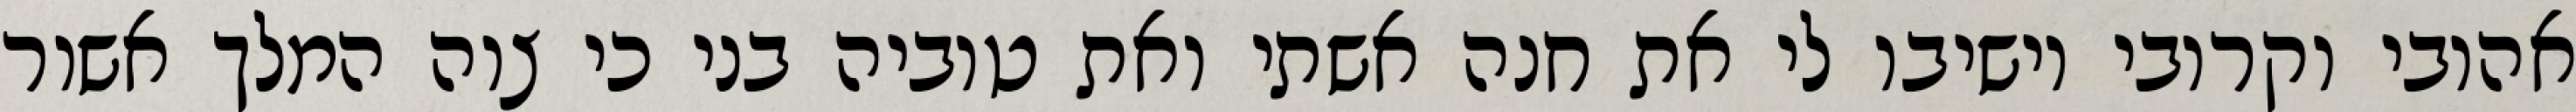
אהובי וקרובי וישיבו לי את חנה אשתי ואת טוביה בני כי צוה המלך אשור